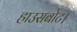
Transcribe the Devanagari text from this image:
हाउसबोट।